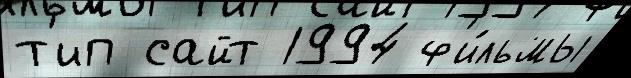
т'ип сайт 1994 ф'и́льмы